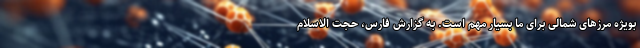
بویژه مرزهای شمالی برای ما بسیار مهم است. به گزارش فارس، حجت الاسلام